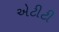
એટીટી